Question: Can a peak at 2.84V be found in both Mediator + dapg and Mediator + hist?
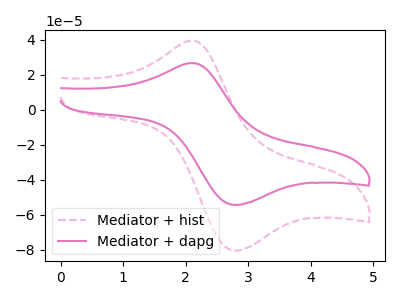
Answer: <think>The pink dashed curve "Mediator + hist" has an anodic peak at (2.10V, 39.40uA) and a cathodic peak at (2.85V, -80.45uA). The pink curve "Mediator + dapg" has an anodic peak at (2.10V, 26.60uA) and a cathodic peak at (2.85V, -54.35uA).</think>
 <answer>Yes, "Mediator + dapg" and "Mediator + hist" share a peak at 2.84V.</answer>
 <eval>match</eval>